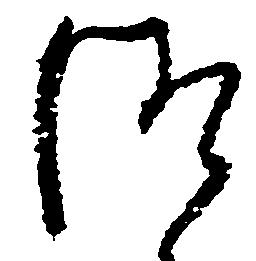
つ